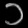
Digit: ၁